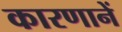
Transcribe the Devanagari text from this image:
कारणानें